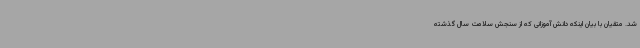
شد. متقیان با بیان اینکه دانش آموزانی که از سنجش سلامت سال گذشته